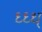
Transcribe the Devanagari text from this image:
ध्ध्ध्